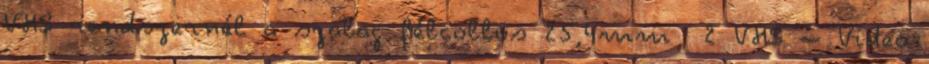
VHS rendszernél a szalag félcollos 25,4mm 2 VHS – Video